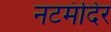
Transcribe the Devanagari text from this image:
नटमंदिर